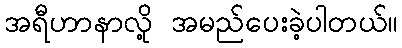
အရီဟာနာလို့ အမည်ပေးခဲ့ပါတယ်။